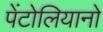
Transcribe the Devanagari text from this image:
पेंटोलियानो